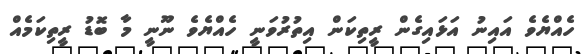
ހެއްޔެވެ އައިނު އަޅައިގެން ރީތިކަން އިތުރުވަނީ ހެއްޔެވެ ނޫނީ މާ ބޮޑު ރީތިކަމެއް